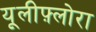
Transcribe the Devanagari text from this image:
यूलीफ़्लोरा